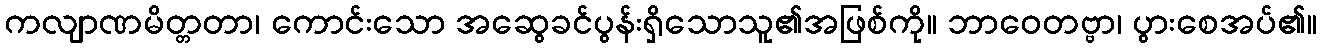
ကလျာဏမိတ္တတာ၊ ကောင်းသော အဆွေခင်ပွန်းရှိသောသူ၏အဖြစ်ကို။ ဘာဝေတဗ္ဗာ၊ ပွားစေအပ်၏။